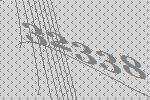
32338